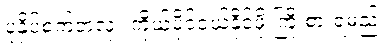
ပုံနှိပ်စက်တလုံး ကိုယ်ပိုင်ဝယ်နိုင်ဖို့ ကြိုးစားရမည်။